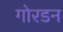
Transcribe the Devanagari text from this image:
गोरडन